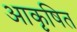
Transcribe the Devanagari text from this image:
आकृषित